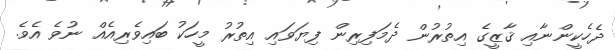
ދެހެކީންނާއި ޤާޒީގެ އިތުރުން ދެމަފިރިން ފިޔަވައި އިތުރު މީހަކު ބައިވެރިއެއް ނުވެ އެވެ.